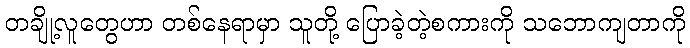
တချို့လူတွေဟာ တစ်နေရာမှာ သူတို့ ပြောခဲ့တဲ့စကားကို သဘောကျတာကို